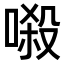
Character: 𠺽